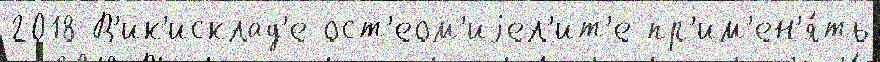
2018 В'ик'исклад'е ост'еом'иjел'ит'е пр'им'ен'я́ть